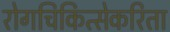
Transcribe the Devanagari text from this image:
रोगचिकित्सेकरिता